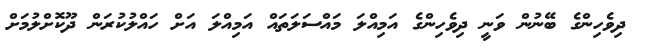
ދިވެހިންގެ ބޭނުން ވަނީ ދިވެހިންގެ އަމިއްލަ މައްސަލަތައް އަމިއްލަ އަށް ހައްލުކުރަން ދޫކޮށްލުމަށް